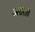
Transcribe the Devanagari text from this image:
अत्तरात